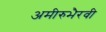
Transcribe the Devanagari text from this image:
अमीरुभैरवी